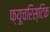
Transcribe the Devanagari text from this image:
फ्यूचरिस्टिक